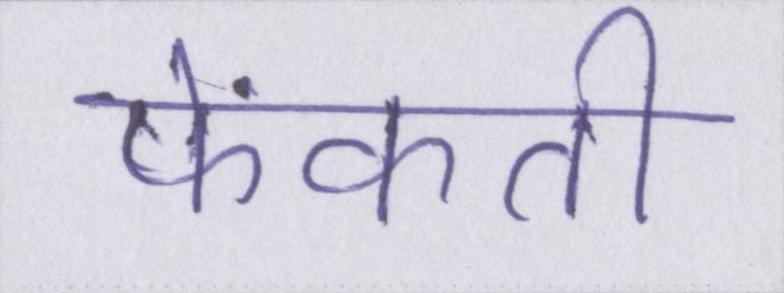
फेंकती